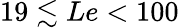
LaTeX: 19\lesssim Le<100